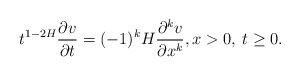
\begin{align*} t^{1-2H}\frac{\partial v}{\partial t}= (-1)^k H\frac{\partial^k v}{\partial x^k}, x>0,\: t\ge 0. \end{align*}